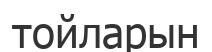
тойларын